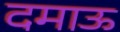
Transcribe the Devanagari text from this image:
दमाऊ